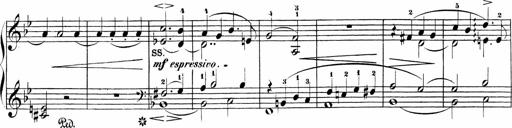
Title: Sonatinas
Composer: Andrew Violette